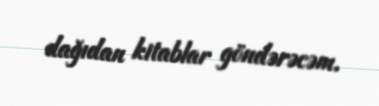
dağıdan kitablar göndərəcəm.